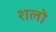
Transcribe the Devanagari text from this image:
शलो